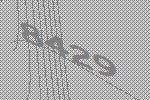
8429